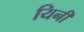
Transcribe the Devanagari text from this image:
यिनी